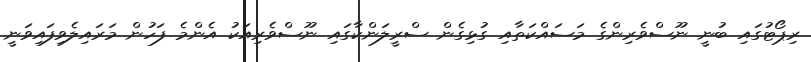
ރިޕޯޓުގައި ބުނީ ނޫސްވެރިންގެ މަސައްކަތާއި ގުޅިގެން ސްރީލަންކާގައި ނޫސްވެރިއަކު އެންމެ ފަހުން މަރައިލެވިފައިވަނީ